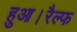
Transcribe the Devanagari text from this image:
हुआ।रैल्फ